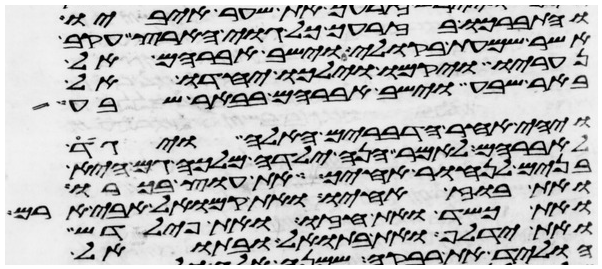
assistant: והתברכו בזרעך כל גוי הארץ עקב
אשר שמעת בקולי וישב אברהם אל
נעריו ויקמו וילכו יחדו אל
באר שבע וישב אברהם בבאר שבע
ויהי אחר הדברים האלה ויגד
לאברהם לאמר הנה ילדה מלכה גם היא
בנים לנחור אחיך את עוץ בכורו
ואת בוז אחיו ואת קמואל אבי ארם
ואת כשד ואת חזו ואת פילדש
ואת ידלף ואת בתואל ובתואל